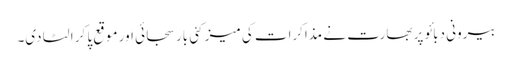
بیرونی دبائو پر بھارت نے مذاکرات کی میز کئی بار سجائی اور موقع پا کر الٹا دی۔